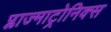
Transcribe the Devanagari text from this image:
प्लाज्माट्रोनिक्स